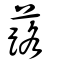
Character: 蕗